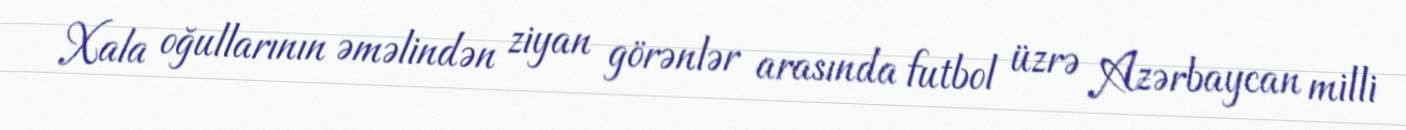
Xala oğullarının əməlindən ziyan görənlər arasında futbol üzrə Azərbaycan milli